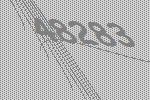
48283